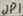
Text: JP1